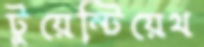
টুয়েন্টিয়েথ